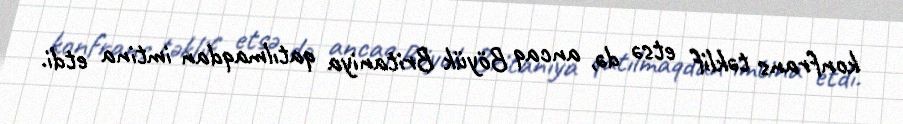
konfrans təklif etsə də, ancaq Böyük Britaniya qatılmaqdan imtina etdi.